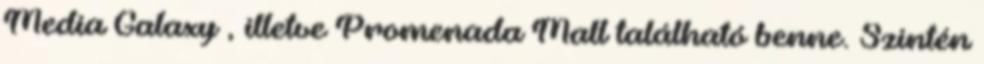
Media Galaxy , illetve Promenada Mall található benne. Szintén